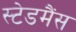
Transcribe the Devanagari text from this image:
स्टेडमैंस